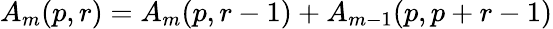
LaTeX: A_{m}(p,r)=A_{m}(p,r-1)+A_{m-1}(p,p+r-1)